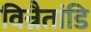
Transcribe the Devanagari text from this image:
विन्नैतांडि